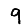
Digit: 9